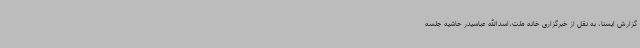
گزارش ایسنا، به نقل از خبرگزاری خانه ملت،اسدالله عباسیدر حاشیه جلسه